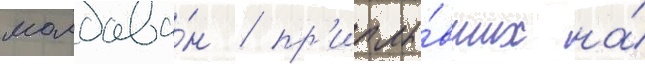
молдава́н / пр'иплы́вших на́